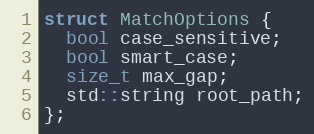
Language: C
struct MatchOptions {
  bool case_sensitive;
  bool smart_case;
  size_t max_gap;
  std::string root_path;
};